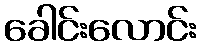
ခေါင်းလောင်း